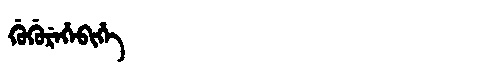
Manchu: ᡤᡠᡤᡠᡵᡝᡥᡝᠪᡳᡥᡝ
Romanization: GUGUREHEBIHE